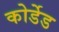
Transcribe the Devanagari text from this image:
कोर्डेड